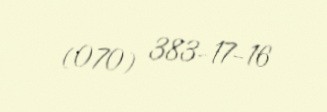
(070) 383-17-16